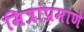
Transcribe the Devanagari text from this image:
मित्रांप्रमाणे